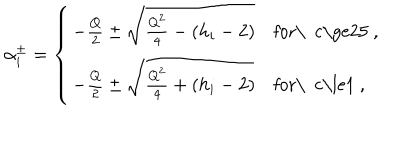
\alpha _ { i } ^ { \pm } = \left\{ \begin{array} { l l } { { - { \frac { Q } { 2 } } \pm { \sqrt { { \frac { Q ^ { 2 } } { 4 } } - ( h _ { i } - 2 ) } } } } & { { \mathrm { f o r \ ~ c \ge 2 5 ~ , } } } \\ { { - { \frac { Q } { 2 } } \pm { \sqrt { { \frac { Q ^ { 2 } } { 4 } } + ( h _ { i } - 2 ) } } } } & { { \mathrm { f o r \ ~ c \le 1 ~ , } } } \\ \end{array} \right.